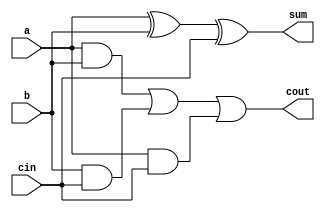
module adder(cin,a,b,sum,cout);

input cin;
input a;
input b;
output sum;
output cout;

assign sum = a ^ b ^ cin;
assign cout = (a&b) | (b&cin) | (a&cin);
endmodule